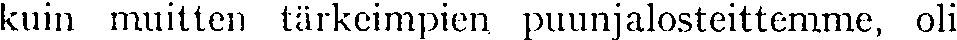
kuin muitten tärkeimpien puunjalosteittemme, oli